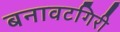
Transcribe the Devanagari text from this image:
बनावटगिरी